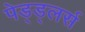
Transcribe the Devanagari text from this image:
पेड्ड्लर्स